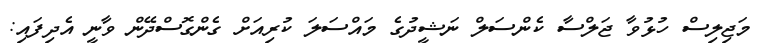
މަޖިލިސް ހުޅުވާ ޖަލްސާ ކެންސަލް ނަޝީދުގެ މައްސަލަ ކުރިއަށް ގެންގޮސްދޭން ވާނީ އެދިފައި: